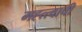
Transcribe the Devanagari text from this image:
मह्त्त्वाची